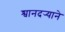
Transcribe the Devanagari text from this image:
श्वानदर्‍याने